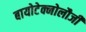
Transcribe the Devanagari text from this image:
बायोटेक्नोलौजी